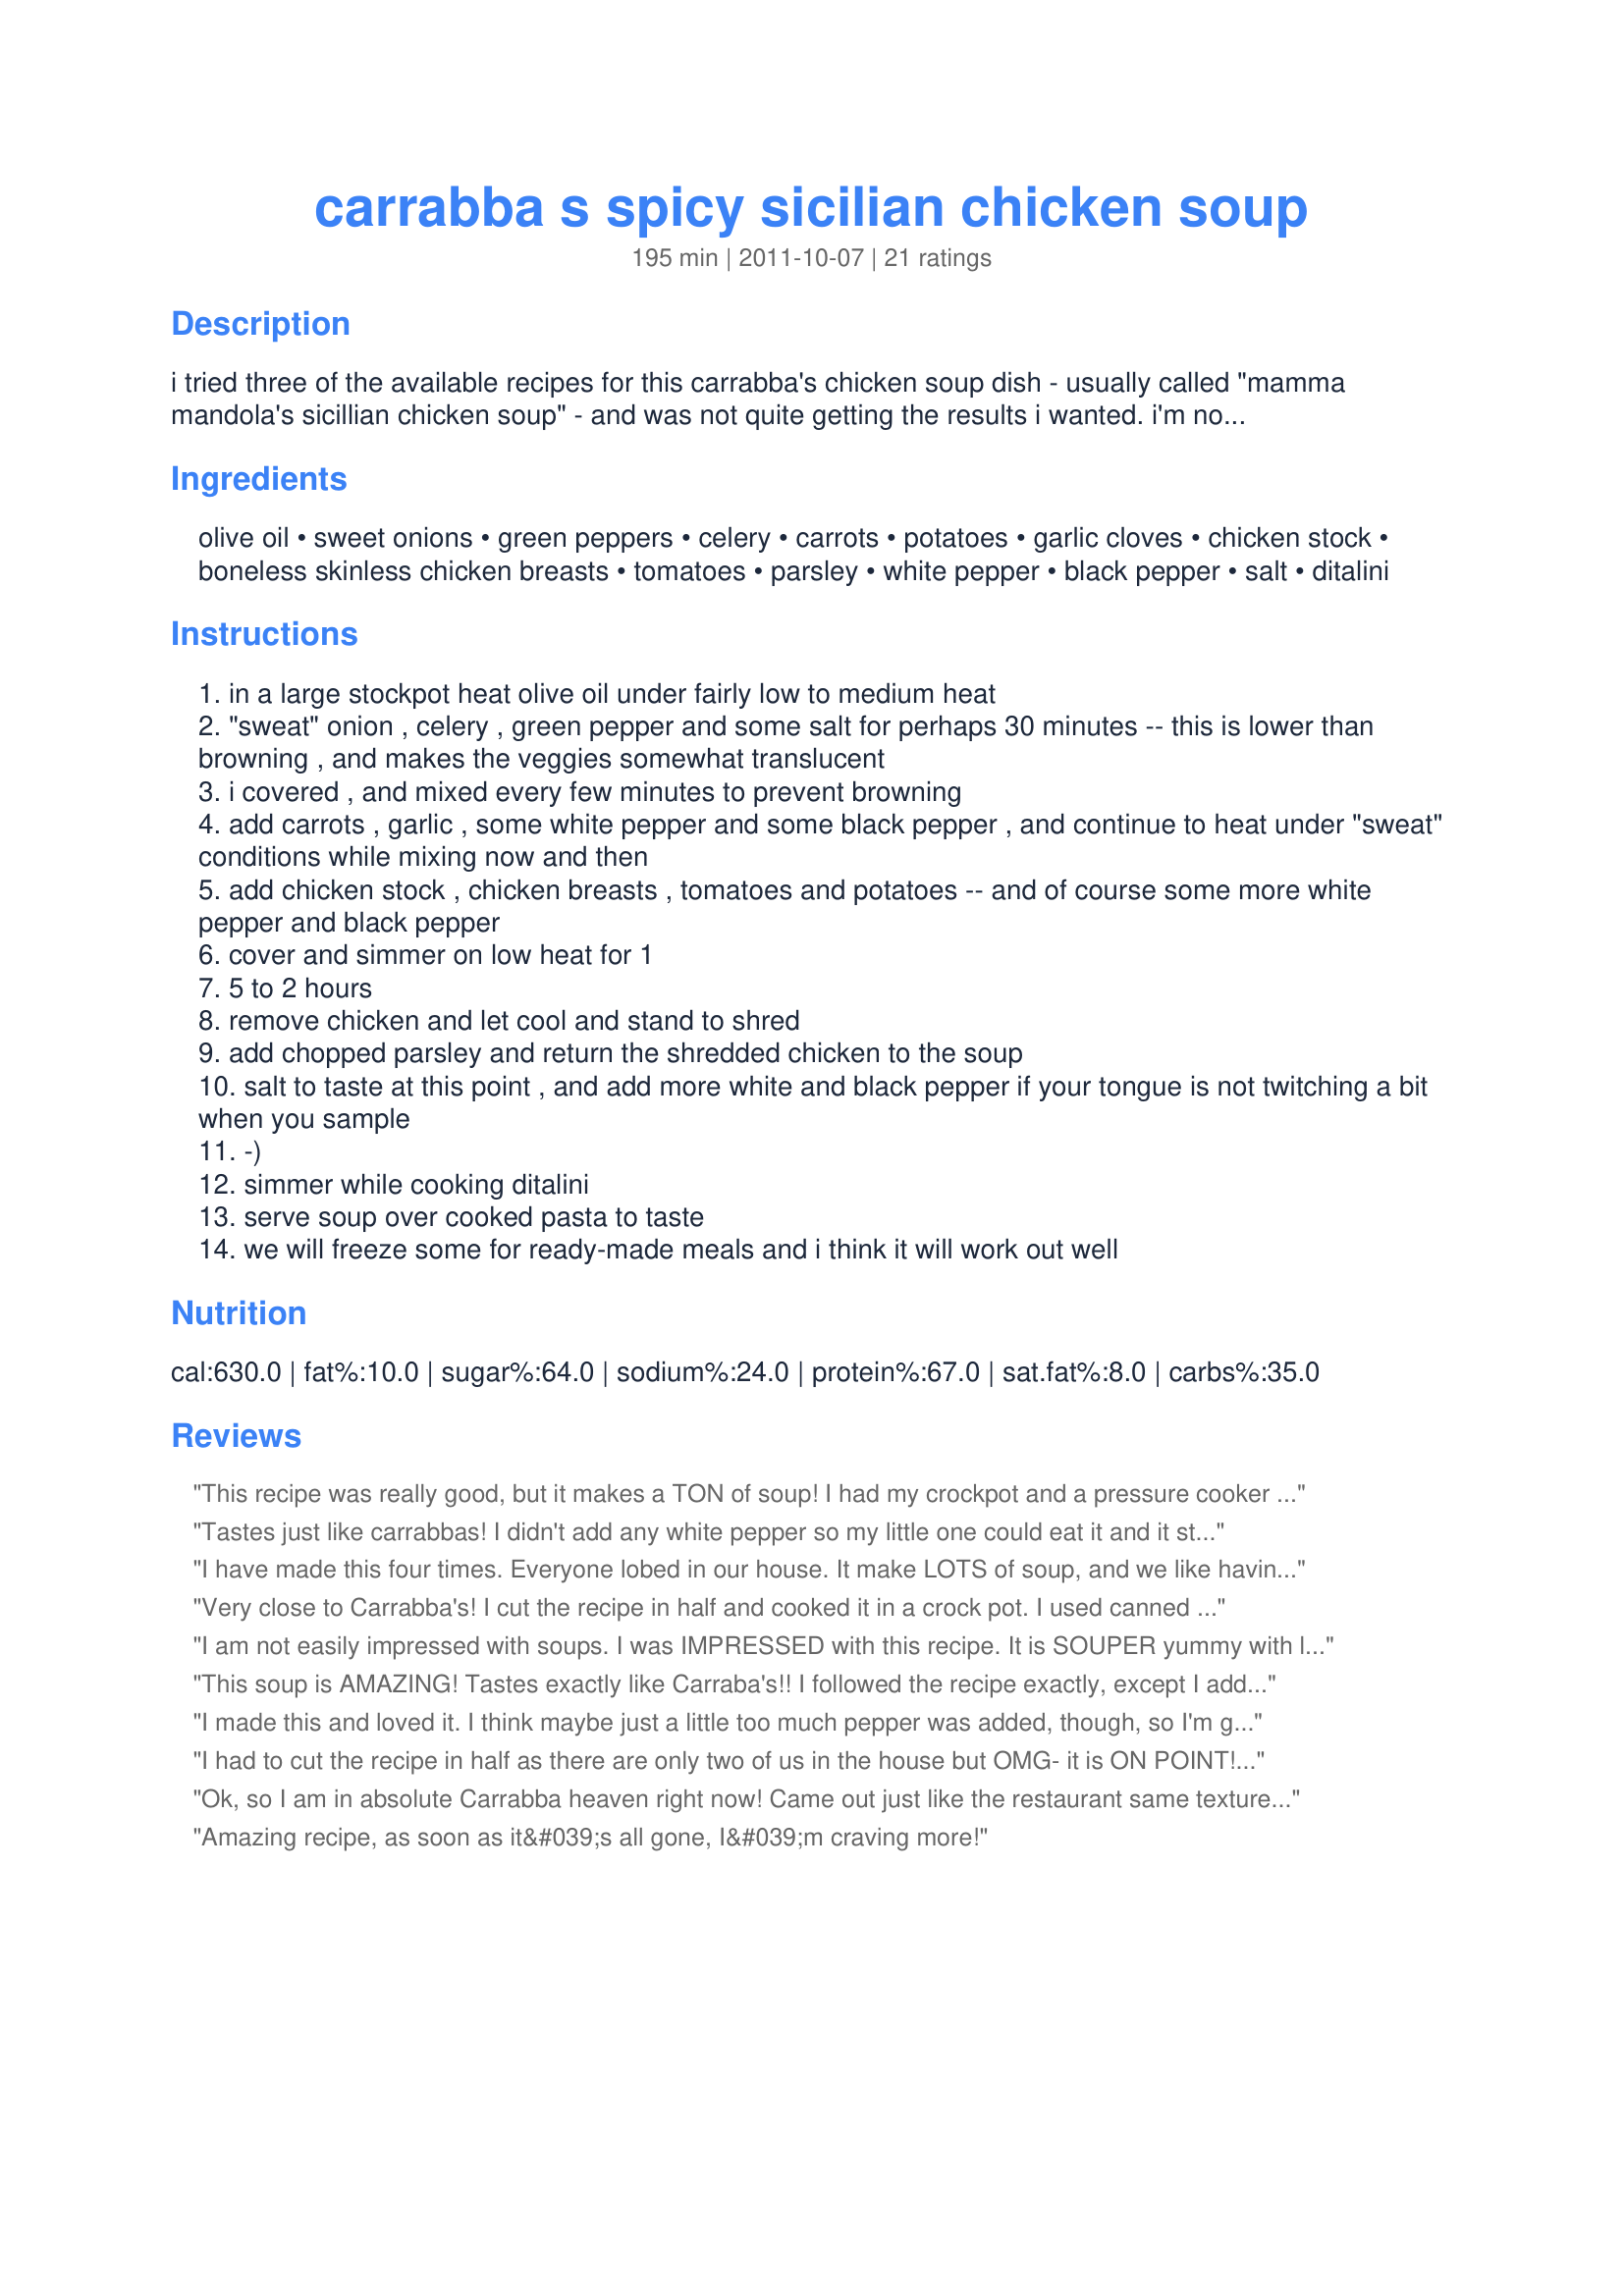
carrabba s spicy sicilian chicken soup
Preparation time: 195 minutes

i tried three of the available recipes for this carrabba's chicken soup dish - usually called "mamma mandola's sicillian chicken soup" - and was not quite getting the results i wanted.

i'm not a cook, and live literally thousands of miles away from the nearest carrabba's restaurant, so i had to improvise a little on the three recipes i found. i am quite happy with the results, though, and it's the closest i've made to this recipe.

it is also a big batch, but i figured if i was spending an afternoon making soup, i should have some to freeze. i have used a 20 quart stockpot for this recipe (ideal), and a 16 quart (just barely fits) stockpot.

note: i do not have a local grocery store, so had to substitute some ingredients that you many not have to....but it worked for me. ;-)

Ingredients:
olive oil, sweet onions, green peppers, celery, carrots, potatoes, garlic cloves, chicken stock, boneless skinless chicken breasts, tomatoes, parsley, white pepper, black pepper, salt, ditalini

Steps:
in a large stockpot heat olive oil under fairly low to medium heat
"sweat" onion , celery , green pepper and some salt for perhaps 30 minutes -- this is lower than browning , and makes the veggies somewhat translucent
i covered , and mixed every few minutes to prevent browning
add carrots , garlic , some white pepper and some black pepper , and continue to heat under "sweat" conditions while mixing now and then
add chicken stock , chicken breasts , tomatoes and potatoes -- and of course some more white pepper and black pepper
cover and simmer on low heat for 1
5 to 2 hours
remove chicken and let cool and stand to shred
add chopped parsley and return the shredded chicken to the soup
salt to taste at this point , and add more white and black pepper if your tongue is not twitching a bit when you sample
-)
simmer while cooking ditalini
serve soup over cooked pasta to taste
we will freeze some for ready-made meals and i think it will work out well

Reviews:
This recipe was really good, but it makes a TON of soup! I had my crockpot and a pressure cooker pot FULL to the brim, and I think I even omitted a potato or two. Excellent flavor, though!
Tastes just like carrabbas! I didn't add any white pepper so my little one could eat it and it still tastes great. We cut the recipe in half and it still made a ton
I have made this four times. Everyone lobed in our house. It make LOTS of soup, and we like having leftovers. It is better the second day, so if we have company, i make the day before, leave the ditalini out. I heat it up to sreve, and cook the pasta. We have even frozen it, and the kids loved it microwaved when my husband I left them with the sitter. A few days ago, Carraba&#039;s blog posted a recipe for this soup. I made BOTH yesterday, because we had company for the superbowl. This recipe is MUCH closer to what we get at our local Carraba&#039;s than the one on their blog! Maybe I missed something, but we will stick with this knockoff. Highly recommended. Cut recipe in half if you don&#039;t want leftovers.
Very close to Carrabba's! I cut the recipe in half and cooked it in a crock pot. I used canned chicken broth and omitted the green peppers. I used chicken breasts and cut them into medium sized chunks. I used too much pepper for our taste, so for us it was very spicy. This may have been caused by using a fresh jar of Penzey's black pepper, so next time I will only use 1/2 tablespoon and may add more if needed when serving. The only thing that I am not sure about is the amount of calories (756) listed for a serving. This seems too high to me and hope there's a way for someone to verify it.
I am not easily impressed with soups. I was IMPRESSED with this recipe. It is SOUPER yummy with lots of flavor and very spicy. I will definitely put this recipe in my recipe box.
This soup is AMAZING! Tastes exactly like Carraba's!! I followed the recipe exactly, except I added a little more white pepper (because I like it spicy) and topped it with grated Parmesan cheese!
I made this and loved it. I think maybe just a little too much pepper was added, though, so I'm going to cut back on both the white and black pepper by 1/2 a tbs and increase as needed. However, it turned out great and I loved it. It is definitely a big batch. Lots of leftovers for the week!
I had to cut the recipe in half as there are only two of us in the house but OMG- it is ON POINT! Even with cutting the recipe in half, I still had to freeze 3 quarts!
Ok, so I am in absolute Carrabba heaven right now! Came out just like the restaurant same texture and all! And it's the first day can't wait to taste tomorrow when the flavor sets. I'm giving some away and freezing the rest. I only made a couple very small changes. First off I used all (nearly) the same ingredients and portions I only followed what another reviewer said about it being too much for one large pot. I think the only pot that this would fit in is a Lobster pot or something. So I used my two largest pots and it was still a bit of a squeeze (I split all the ingredients in the two pots to the letter and cooked them side by side at the same time). That first step of sweating the onions, celery and peppers seemed a bit long however, I think it made the difference since there is not much seasoning -I kept fighting the urge to add more seasonings but i decided I wanted to follow the recipe, stay the course and see the turnout. My main change besides the two pots was the chicken- I used 6 chicken legs (thigh and drumstick) bone-in and I took the skin off it. When it was time to remove the chicken it was falling off the bone very easy to remove and pull the chicken apart (I used tongs to pull them out to help keep it together). My Carrabbas for sure uses dark meat and I enjoy dark meat in some soups and white meat in say a chicken tortilla soup. But that's about it on the changes everything else is true to the recipe. I wish I had the quality fresh made pasta that Carrabba's uses but the Barilla did the trick for the day- Im going to look for fresh pasta next time. But I have to admit it was still so good with out the pasta you could go gluten free and still enjoy it- it still tastes just like it. My final icing on the cake was that cheese that they fresh grate in the soup for you at the restaurant, I bought a fresh shredded blend of romano and parmesan (I really think it needs to be fresh not that stuff they sell unrefrigerated in the can) It melts in and adds that extra Carrabba taste! Superb! Thanks for this post!
Amazing recipe, as soon as it&#039;s all gone, I&#039;m craving more!
The soup was very tasty, although my husband asked me to cut back on the pepper next time. I like my food pretty spicy - so 1 T each of both the Black and White Pepper were fine with me. I used 1 tablespoon each black pepper and white pepper and just over 1/2 T salt. I thought it was good, but my husband asked me to cut back on the pepper next time, so will probably do 2 teaspoons each of black and white pepper. I also used 8 chicken thighs which I salted and peppered and then browned in olive oil in a cast iron skillet before adding. Chicken thighs are tasty, inexpensive, and easy to remove the skin and de-bone. Cooking the chicken in the soup with the skin and bone adds flavor. Looking forward to trying it on day 2, and trying it with the pasta. Didn’t do pasta with with it the first day as we had it with leftovers I was trying to get used up. Also, looking forward to the 4 quarts in the freezer and the rest in the fridge which we plan to enjoy the next few days. Thanks for the recipe! :-)
This is delicious and easily made in a pressure cooker or Instant Pot.
I was a little skeptical about this recipe because I felt it might be lacking in spices. I was totally wrong. It is delicious just the way it is! I like a lot of pepper and didn't mind it being a bit spicy... but for those who don't, I'd suggest starting with 1/2 the pepper and adding more until it gets to the level of heat you enjoy. I cut the recipe in half and it made a big pot that fed my husband & I for several meals. I'll be making this recipe again & again
This so very close to the carrabbas soup! DELISH! It makes a ton. I freeze about 6 freezer bags with 3 servings each. I do not put chicken in until the night we heat and eat the soup.... but that's just my quirkiness. Such and incredible soup! White pepper...who knew?..... makes it!!! Oh yeah, like another reviewer said, put the ditalini pasta in the bowl separately.
Recipe measurement kind of stink. You end up estimating on most of the ingredients because the writer doesn&#039;t use exact measurements. The soup overflowed a 10 quart pot. Which should not have happend for a 12 serving recipe. &lt;br/&gt;&lt;br/&gt; I ended up needing to cook this in my turkey roaster because it was just too big of a quantity. That being said I was planning on canning this, altered my method after discovering I didn&#039;t have enough jars to can it all. This is way more than 12 servings. Even if you are a big eater. &lt;br/&gt;&lt;br/&gt;The original recipe has a whopping 135 carbs per bowl! So your going to need to make some changes to make this more healthy. Possibly scaling back the potatoes and the pasta might be a good choice. Also adding in some zucchini or maybe some kale. To loose some of the carbs in the potato&#039;s you could use turnips or even radishes. I&#039;ve made this twice now so I feel comfortable enough to experiment with it.&lt;br/&gt;&lt;br/&gt;I like hot stuff but there is way too much pepper in this. I made the full recipe as is. Unlike most of the people who made a half batch. This made 9 portions of soup and 4 1 gallon zip lock freezer bags full, It would be great for a party but the pepper will need to be scaled back significantly. Start off with one tablespoon let it cook and if you feel you need more spice add more 1 teaspoon at a time later. &lt;br/&gt;&lt;br/&gt;The poor rating is due to poor measurements. Being almost inedible while following the exact instructions with all the pepper. If you find yourself in the same predicament with too much pepper lemon juice and sugar will help zap some out of the spice.
I really enjoyed making this soup!! I cannot have gluten so in the last 15 minutes cooking time I added one cup of basmati rice instead if pasta. I cut the recipe down and used two chicken breasts and five chicken legs. Browned the legs in my pot before sweating the veggies. Took the bones out when shredding the chicken. I love the spicy peppery taste. This is the first time I&#039;ve used white pepper and I&#039;m in love!! Posted a pic, hope it&#039;s approved :)
Loved this soup. It is really good for you as well. I used a red pepper and added a little hot sauce. DELICIOUS!!
Delicious soup...so much so that 3 of my 4 kids took seconds! I halved the recipe and still have plenty of leftover (or to freeze for another meal). I used red potatoes, and cut out the bad spots but other than that left the peel on. I also used petite diced canned tomatoes, 3 chicken breasts and all canned chicken broth. I added appx 3/4 of a t of white pepper and 3/4 t black pepper while cooking and passed it at the table for those that like it spicier. After all the vegetables were sweated and the ingredients added, I cooked it in a crock pot on high for 2 hours and on low for another 4.
Omg i love this recipe
It turned out great. I think it's better than Carrabba's.
I use to go to Carraba's and I loved their chicken soup. This recipe is excellent! ??
